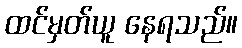
ထင်မှတ်ယူ နေရသည်။